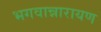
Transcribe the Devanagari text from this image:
भगवान्नारायण